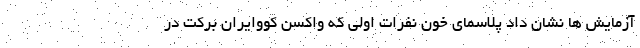
آزمایش ها نشان داد پلاسمای خون نفرات اولی که واکسن کووایران برکت در